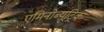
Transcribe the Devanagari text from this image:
एमिनोब्यूट्रिक